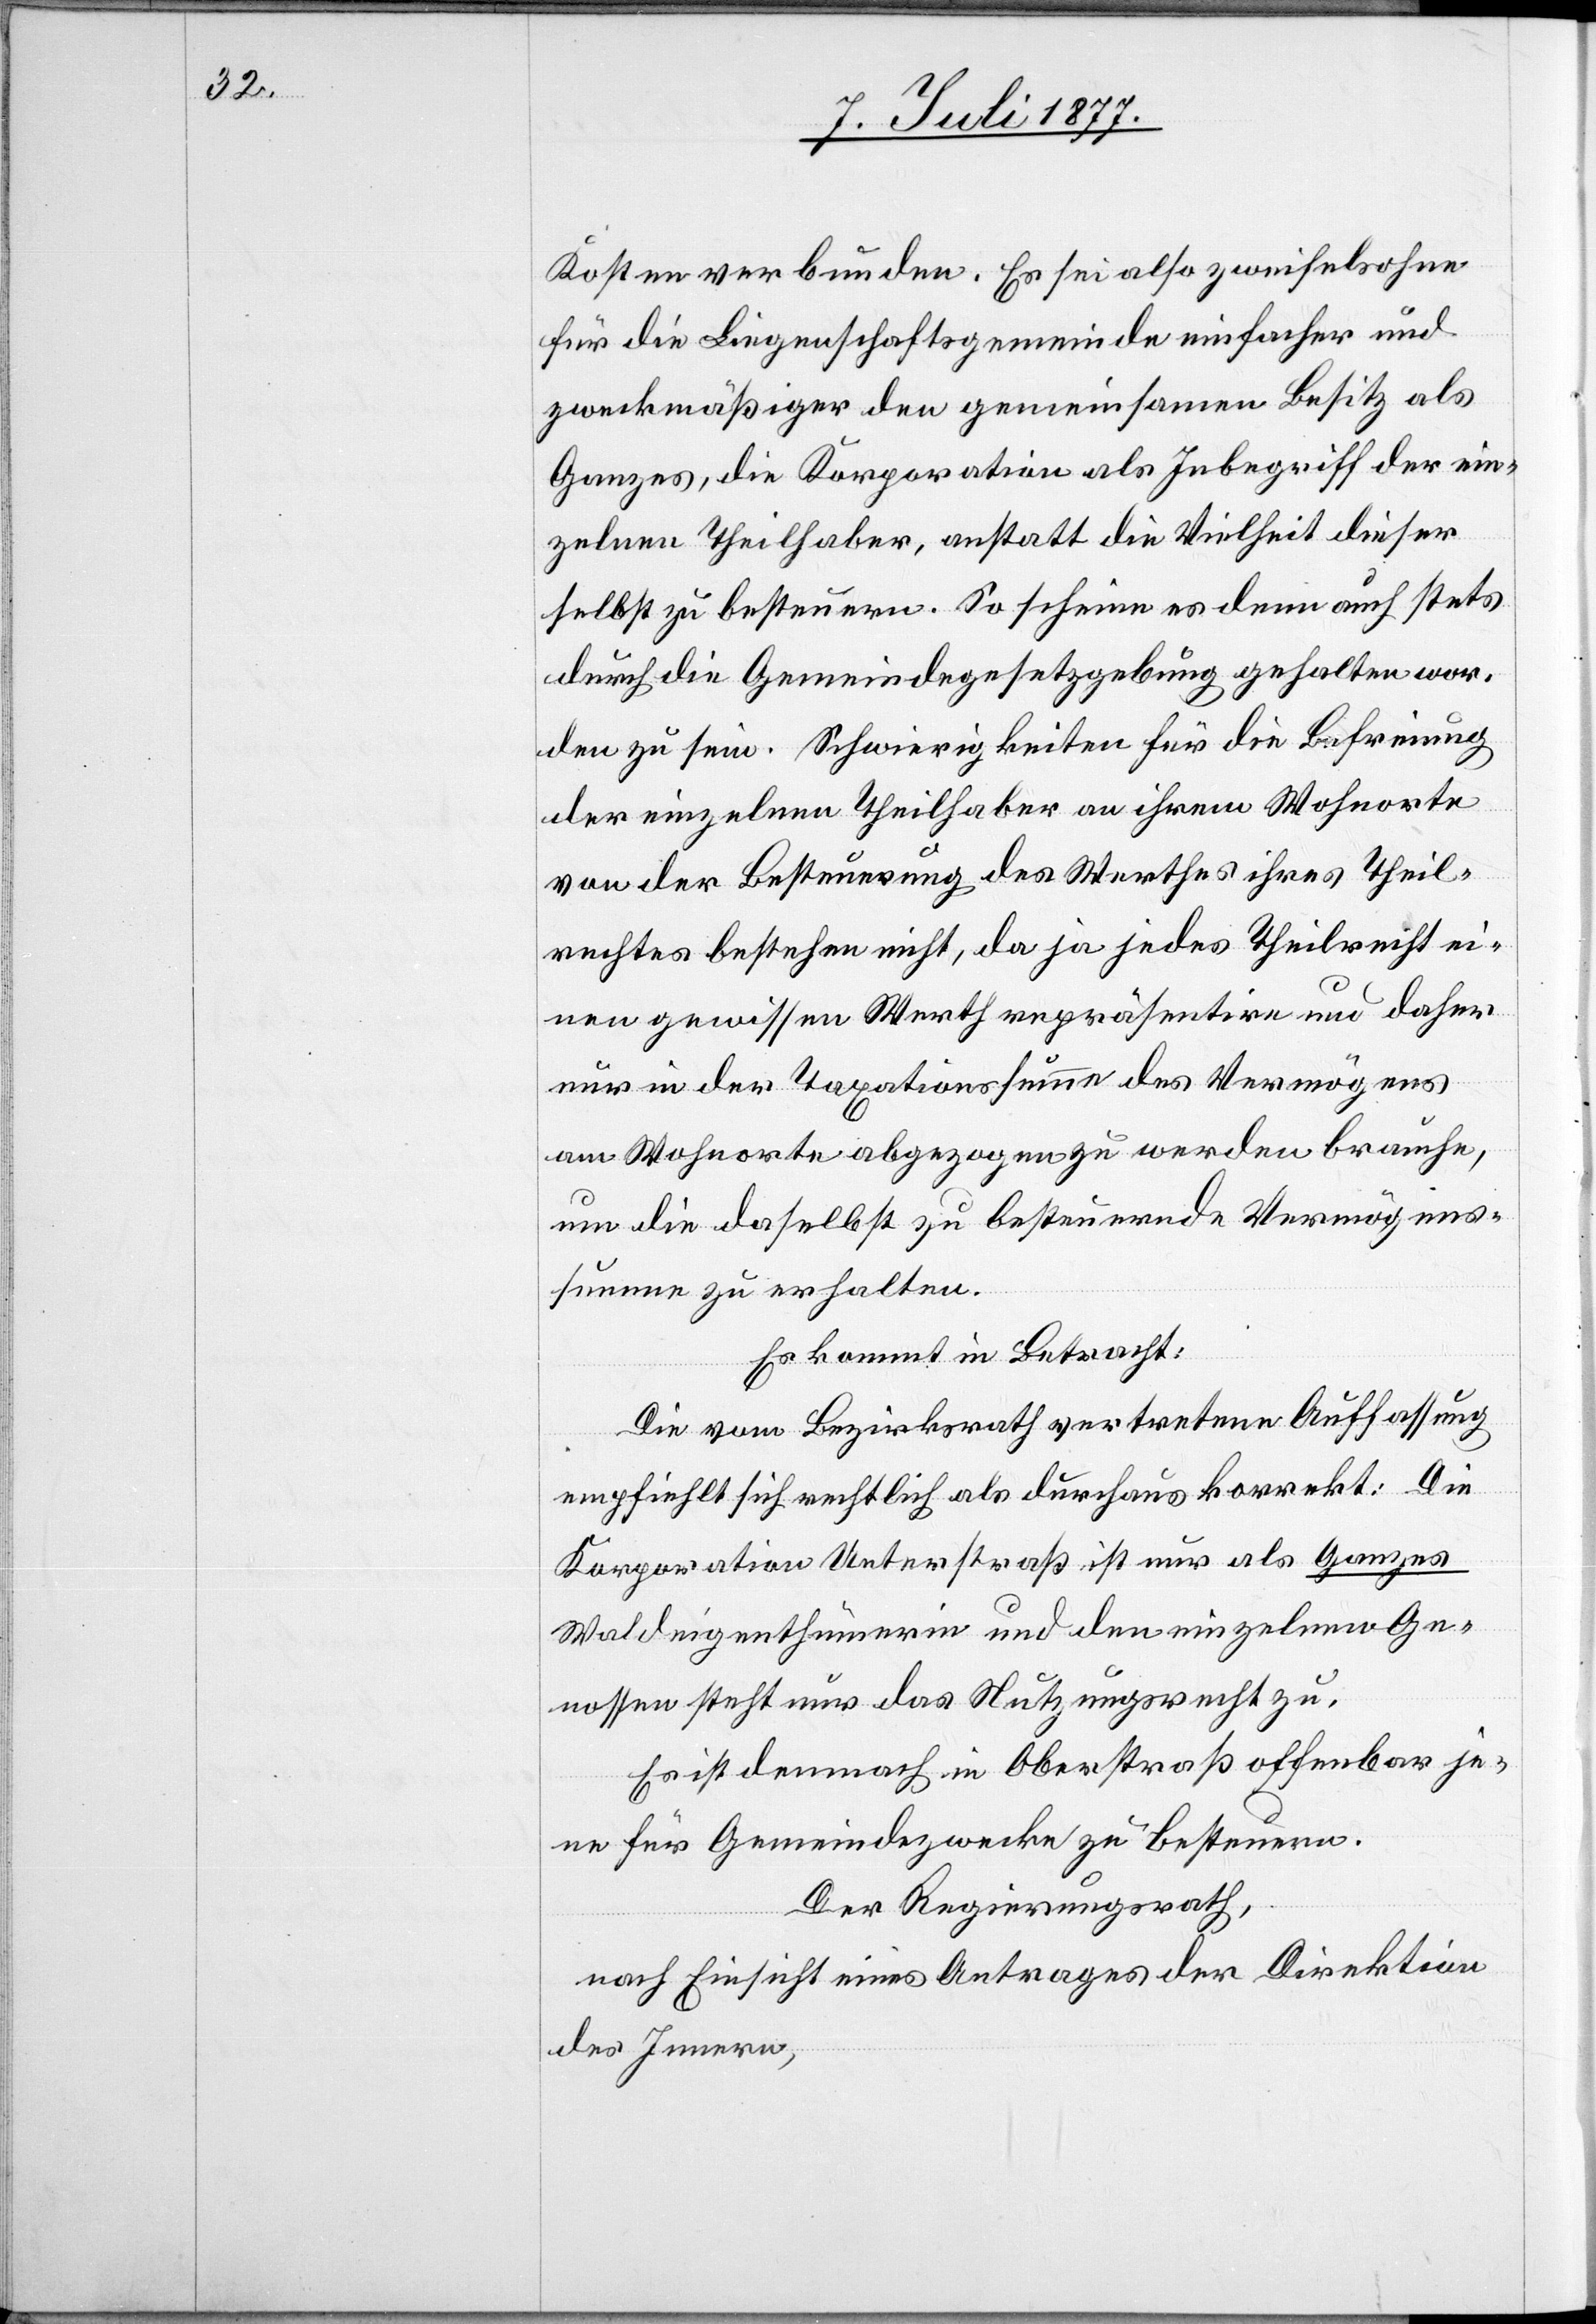
Kosten verbunden. Es sei also zweifelsohne
für die Liegenschaftsgemeinde einfacher und
zweckmäßiger den gemeinsamen Besitz als
Ganzes, die Korporation als Inbegriff der ein¬
zelnen Theilhaber, anstatt die Vielheit dieser
selbst zu besteuern. So scheine es denn auch stets
durch die Gemeindegesetzgebung gehalten wor¬
den zu sein. Schwierigkeiten für die Befreiung
der einzelnen Theilhaber an ihrem Wohnorte
von der Besteuerung des Werthes ihres Theil¬
rechtes bestehen nicht, da ja jedes Theilrecht ei¬
nen gewissen Werth repräsentire und daher
nur in der Taxationssumme des Vermögens
am Wohnorte abgezogen zu werden brauche,
um die daselbst zu besteuernde Vermögens¬
summe zu erhalten.
Es kommt in Betracht:
Die vom Bezirksrath vertretene Auffassung
empfiehlt sich rechtlich als durchaus korrekt: Die
Korporation Unterstraß ist nur als Ganzes
Waldeigenthümerin und den einzelnen Ge¬
nossen steht nur das Nutzungsrecht zu.
Es ist demnach in Oberstraß offenbar je¬
ne für Gemeindezwecke zu besteuern.
Der Regierungsrath,
nach Einsicht eines Antrages der Direktion
des Innern,